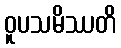
ဝူပသမိဿတိ